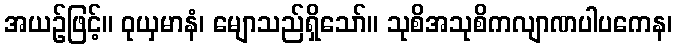
အယဉ်ဖြင့်။ ဝုယှမာနံ၊ မျောသည်ရှိသော်။ သုစိအသုစိကလျာဏပါပကေန၊